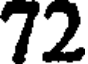
72